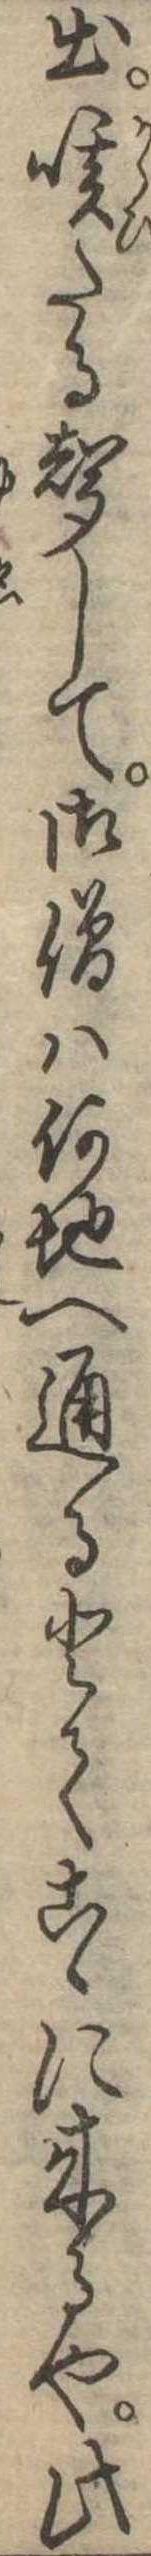
出咳たる声して御僧は何地へ通るとてこゝに来るや此